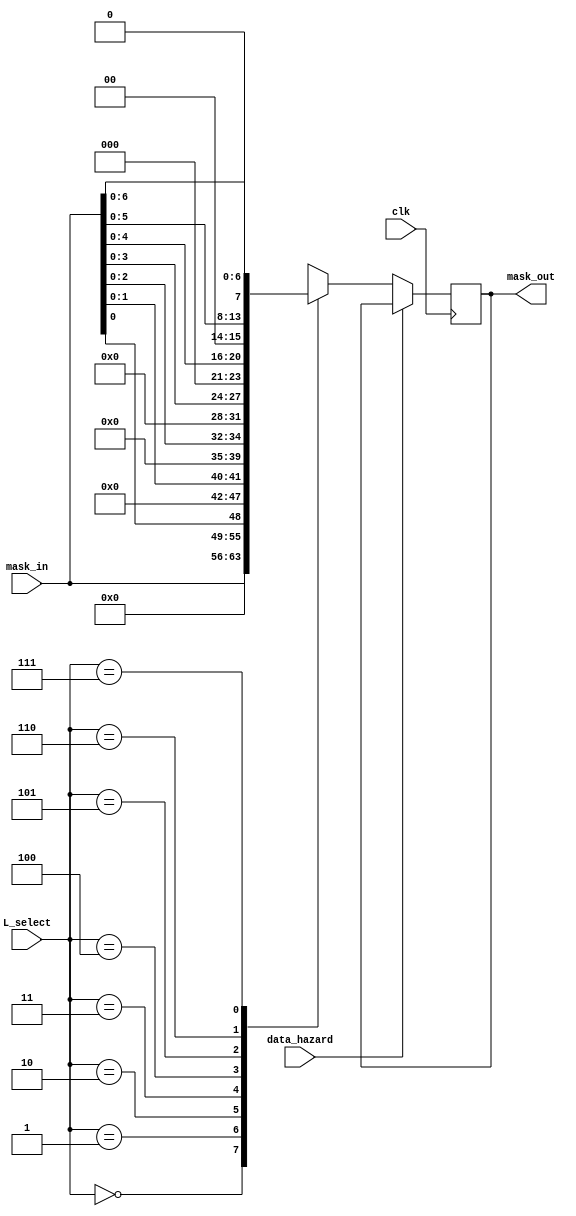
module mask_unit(input wire clk, data_hazard, input wire[7:0] mask_in, input wire[2:0] L_select, output wire[7:0] mask_out);
reg[7:0] mask_reg;
always @(posedge clk)
begin
	if(~data_hazard)
	begin
		case(L_select)
		3'b000: mask_reg <= mask_in;
		3'b001: mask_reg <= {7'h0, mask_in[0]};
		3'b010: mask_reg <= {6'h0, mask_in[1:0]};
		3'b011: mask_reg <= {5'h0, mask_in[2:0]};
		3'b100: mask_reg <= {4'h0, mask_in[3:0]};
		3'b101: mask_reg <= {3'h0, mask_in[4:0]};
		3'b110: mask_reg <= {2'b0, mask_in[5:0]};
		3'b111: mask_reg <= {1'b0, mask_in[6:0]};
		endcase
	end
end
assign mask_out = mask_reg;
endmodule